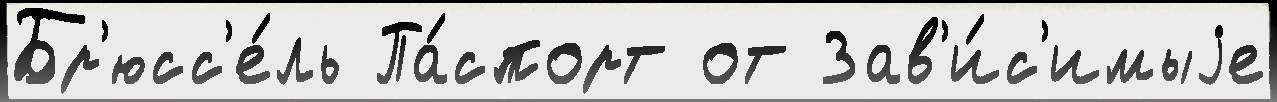
Бр'юсс'е́ль Па́спорт от Зав'и́с'имыjе